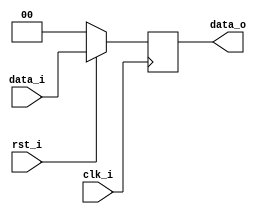
`timescale 1ns / 1ps
//Subject:     CO project 4 - Pipe Register
//--------------------------------------------------------------------------------
//Version:     1
//--------------------------------------------------------------------------------
//Writer:      0510008  & 0510026 
//----------------------------------------------
//Date:        
//----------------------------------------------
//Description: 
//--------------------------------------------------------------------------------
module Pipe_Reg(
    clk_i,
    rst_i,
    data_i,
    data_o
    );
					
parameter size = 0;

input   clk_i;		  
input   rst_i;
input   [size-1:0] data_i;
output reg  [size-1:0] data_o;
	  
always@(posedge clk_i) begin
    if(~rst_i)
        data_o <= 0;
    else
        data_o <= data_i;
end

endmodule